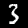
Label: 3